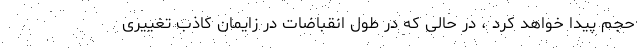
حجم پیدا خواهد کرد ، در حالی که در طول انقباضات در زایمان کاذب تغییری